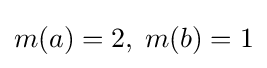
m(a)=2,\;m(b)=1